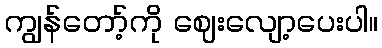
ကျွန်တော့်ကို ဈေးလျော့ပေးပါ။